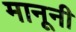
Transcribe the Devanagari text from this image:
मानूनी